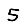
Digit: 5